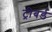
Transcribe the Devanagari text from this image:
ट्रीबर्ड